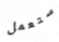
ستعمل